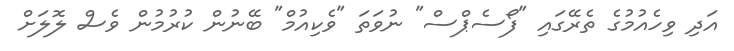
އަދި ވިހެއުމުގެ ތެރޭގައި "ފޯސެޕްސް" ނުވަތަ "ވެކިއުމް" ބޭނުން ކުރުމުން ވެސް ލޮލަށް